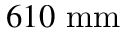
6 1 0 ~ \mathrm { m m }